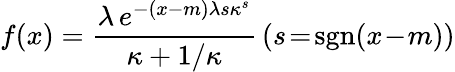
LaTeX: f(x)={\frac{\lambda\, e^{-(x-m)\lambda s\kappa^{s}}}{\kappa+1/\kappa}}\, (s\! =\! \operatorname{sgn}(x\! -\! m))